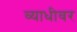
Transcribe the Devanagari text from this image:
व्याधीवर